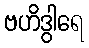
ဗဟိဒွါရေ